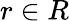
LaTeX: r\in R